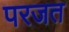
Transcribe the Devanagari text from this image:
परजत